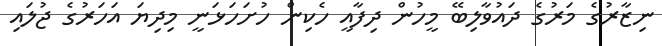
ނިޒާރުގެ މަރުގެ ދައުވާލިބޭ މީހުން ދިފާއީ ހެކިން ހުށަހަޅަނީ މިދިޔަ އަހަރުގެ ޖުލައި